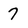
Character: 7